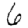
Digit: 6